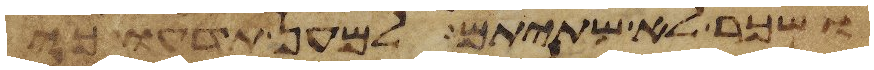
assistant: ושכר לא שתיתם למען תדעו כי